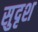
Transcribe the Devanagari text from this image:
सुदृश